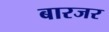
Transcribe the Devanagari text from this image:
बारजर